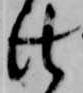
仕